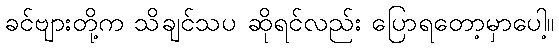
ခင်ဗျားတို့က သိချင်သပ ဆိုရင်လည်း ပြောရတော့မှာပေါ့။